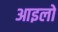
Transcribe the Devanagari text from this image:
आइलो